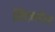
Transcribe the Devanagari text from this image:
स्विटज़रलैंडमें